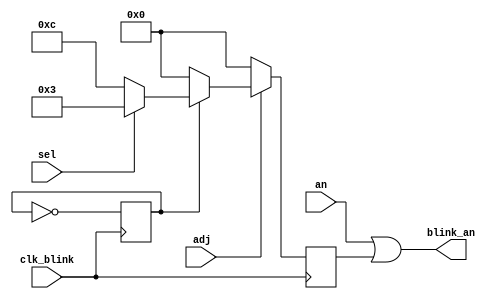
module blinker(
	input [3:0] an,
	input adj,
	input sel,
	input clk_blink,
	output [3:0] blink_an
);

	reg on = 1;
	reg [3:0] mask = 4'b0000;
	
	always @ (posedge clk_blink) begin
	   	on = ~on;
		if (adj) begin
			if(!on) begin
				if(sel) mask = 4'b0011;
				else	mask = 4'b1100;
			end
			else mask = 4'b0000;
		end
		else mask = 4'b0000;
	end
	
	assign blink_an = an | mask;
endmodule